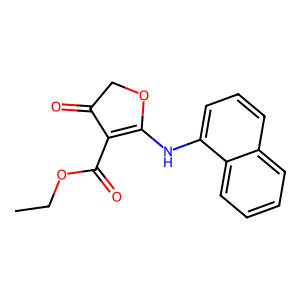
SMILES: CCOC(=O)C1=C(Nc2cccc3ccccc23)OCC1=O
Inhibits HIV replication: No